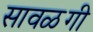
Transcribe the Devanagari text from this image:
सावळगी